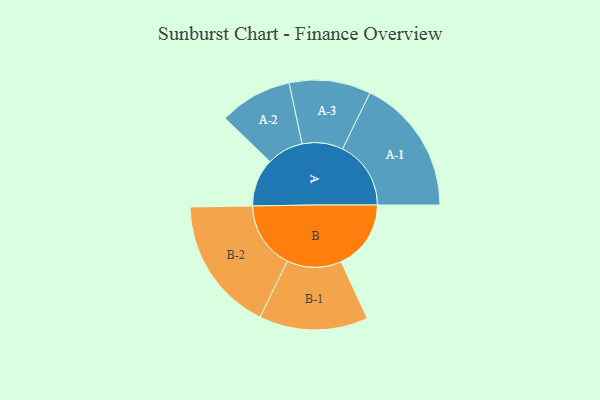
{"axis": {"x": "Segment", "y": "Value"}, "legend": ["", "A", "B"], "data": [{"x": "A", "y": 200, "type": ""}, {"x": "B", "y": 291, "type": ""}, {"x": "A-1", "y": 285, "type": "A"}, {"x": "A-2", "y": 152, "type": "A"}, {"x": "A-3", "y": 170, "type": "A"}, {"x": "B-1", "y": 227, "type": "B"}, {"x": "B-2", "y": 281, "type": "B"}]}